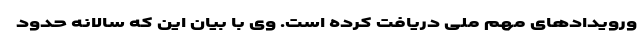
ورویدادهای مهم ملی دریافت کرده است. وی با بیان این که سالانه حدود